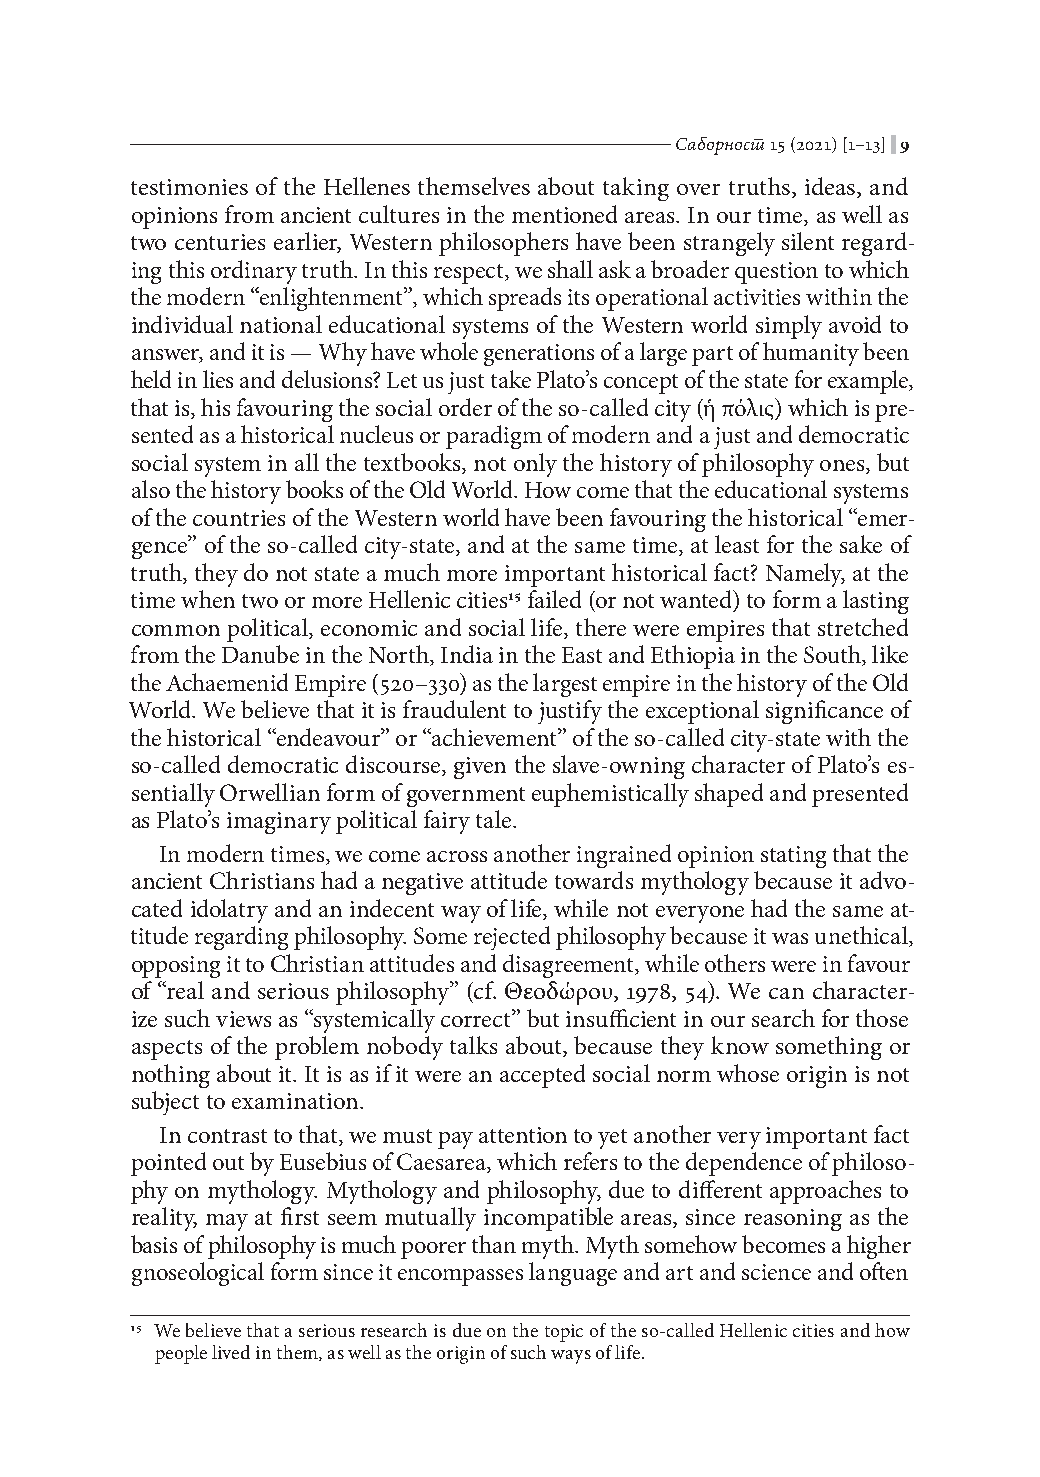
Саборност 15 (2021) [1–13]|9
 testimonies of the Hellenes themselves about taking over truths, ideas, and
 opinions from ancient cultures in the mentioned areas. In our time, as well as
 two centuries earlier, Western philosophers have been strangely silent regard-
 ing this ordinary truth. In this respect, we shall ask a broader question to which
 the modern “enlightenment”, which spreads its operational activities within the
 individual national educational systems of the Western world simply avoid to
 answer, and it is — Why have whole generations of a large part of humanity been
 held in lies and delusions? Let us just take Plato’s concept of the state for example,
 that is, his favouring the social order of the so-called city (ἡ πόλις) which is pre-
 sented as a historical nucleus or paradigm of modern and a just and democratic
 social system in all the textbooks, not only the history of philosophy ones, but
 also the history books of the Old World. How come that the educational systems
 of the countries of the Western world have been favouring the historical “emer-
 gence” of the so-called city-state, and at the same time, at least for the sake of
 truth, they do not state a much more important historical fact? Namely, at the
 time when two or more Hellenic cities15 failed (or not wanted) to form a lasting
 common political, economic and social life, there were empires that stretched
 from the Danube in the North, India in the East and Ethiopia in the South, like
 the Achaemenid Empire (520–330) as the largest empire in the history of the Old
 World. We believe that it is fraudulent to justify the exceptional significance of
 the historical “endeavour” or “achievement” of the so-called city-state with the
 so-called democratic discourse, given the slave-owning character of Plato’s es-
 sentially Orwellian form of government euphemistically shaped and presented
 as Plato’s imaginary political fairy tale.
 In modern times, we come across another ingrained opinion stating that the
 ancient Christians had a negative attitude towards mythology because it advo-
 cated idolatry and an indecent way of life, while not everyone had the same at-
 titude regarding philosophy. Some rejected philosophy because it was unethical,
 opposing it to Christian attitudes and disagreement, while others were in favour
 of “real and serious philosophy” (cf. Θεοδώρου, 1978, 54). We can character-
 ize such views as “systemically correct” but insufficient in our search for those
 aspects of the problem nobody talks about, because they know something or
 nothing about it. It is as if it were an accepted social norm whose origin is not
 subject to examination.
 In contrast to that, we must pay attention to yet another very important fact
 pointed out by Eusebius of Caesarea, which refers to the dependence of philoso-
 phy on mythology. Mythology and philosophy, due to different approaches to
 reality, may at first seem mutually incompatible areas, since reasoning as the
 basis of philosophy is much poorer than myth. Myth somehow becomes a higher
 gnoseological form since it encompasses language and art and science and often
 15 We believe that a serious research is due on the topic of the so-called Hellenic cities and how
 people lived in them, as well as the origin of such ways of life.